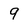
Character: 9